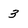
Character: 3